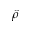
\hat { \rho }